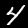
Label: 4